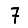
Digit: 7